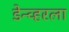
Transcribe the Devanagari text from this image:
डेन्व्हरला